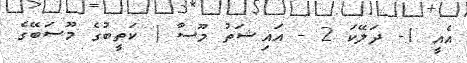
އެއީ 1- ދަލޭކަ 2 - އައިޝަތު މޫސާ ( ކަތީބުގެ މޫސަބޭގެ